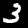
Label: 3